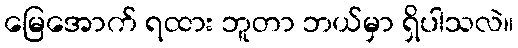
မြေအောက် ရထား ဘူတာ ဘယ်မှာ ရှိပါသလဲ။